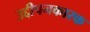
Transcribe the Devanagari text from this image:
उद्दीपनकारक